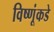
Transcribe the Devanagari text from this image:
विष्णूंकडे